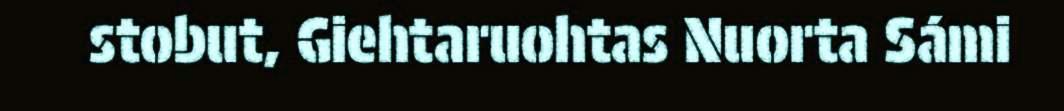
stobut, Giehtaruohtas Nuorta Sámi